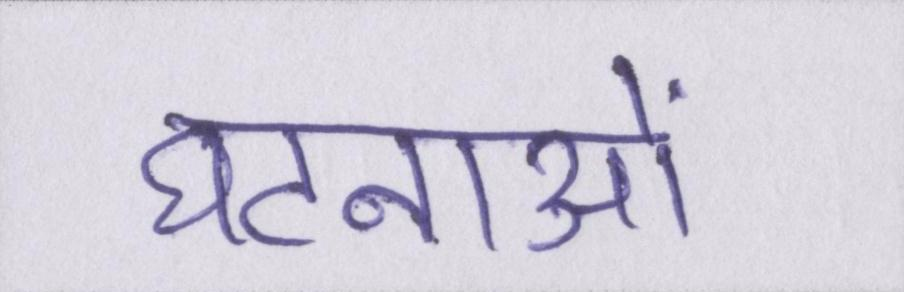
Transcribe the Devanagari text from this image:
घटनाओं